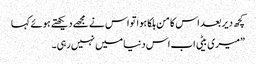
کچھ دیر بعد اس کا من ہلکا ہوا تو اس نے مجھے دیکھتے ہوئے کہا
”میری بیٹی اب اس دنیا میں نہیں رہی۔